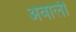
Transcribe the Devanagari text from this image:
अवाली